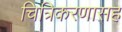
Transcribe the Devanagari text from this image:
चित्रिकरणासह